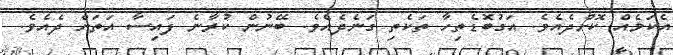
އެކަމެއް ކޮށްދެއެވެ. އަގުބޮޑެތިހާ ތަކެތި ގަނެދެއެވެ. ބޭނުން ކުރާނެ ފައިސާ އަތަށް ދެއެވެ.